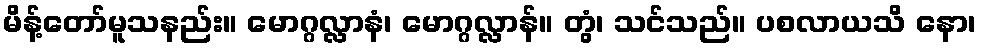
မိန့်တော်မူသနည်း။ မောဂ္ဂလ္လာနံ၊ မောဂ္ဂလ္လာန်။ တွံ၊ သင်သည်။ ပစလာယသိ နော၊